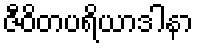
ဇီဝိတပရိယာဒါနာ